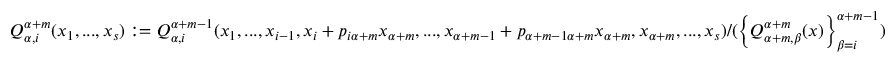
Q _ { \alpha , i } ^ { \alpha + m } ( x _ { 1 } , . . . , x _ { s } ) : = Q _ { \alpha , i } ^ { \alpha + m - 1 } ( x _ { 1 } , . . . , x _ { i - 1 } , x _ { i } + p _ { i \alpha + m } x _ { \alpha + m } , . . . , x _ { \alpha + m - 1 } + p _ { \alpha + m - 1 \alpha + m } x _ { \alpha + m } , x _ { \alpha + m } , . . . , x _ { s } ) / ( \left\{ Q _ { \alpha + m , \beta } ^ { \alpha + m } ( x ) \right\} _ { \beta = i } ^ { \alpha + m - 1 } )